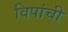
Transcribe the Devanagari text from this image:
विपांची